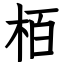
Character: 栢